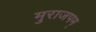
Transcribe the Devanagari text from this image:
मुराजपम्